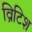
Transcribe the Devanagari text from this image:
व्रिटिश